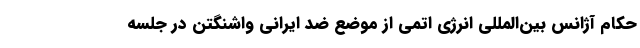
حکام آژانس بین‌المللی انرژی اتمی از موضع ضد ایرانی واشنگتن در جلسه